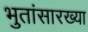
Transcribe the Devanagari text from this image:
भुतांसारख्या